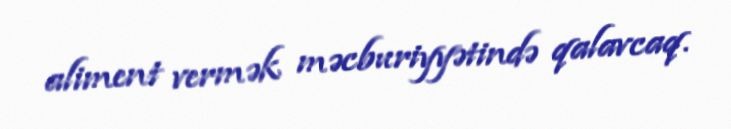
aliment vermək məcburiyyətində qalavcaq.